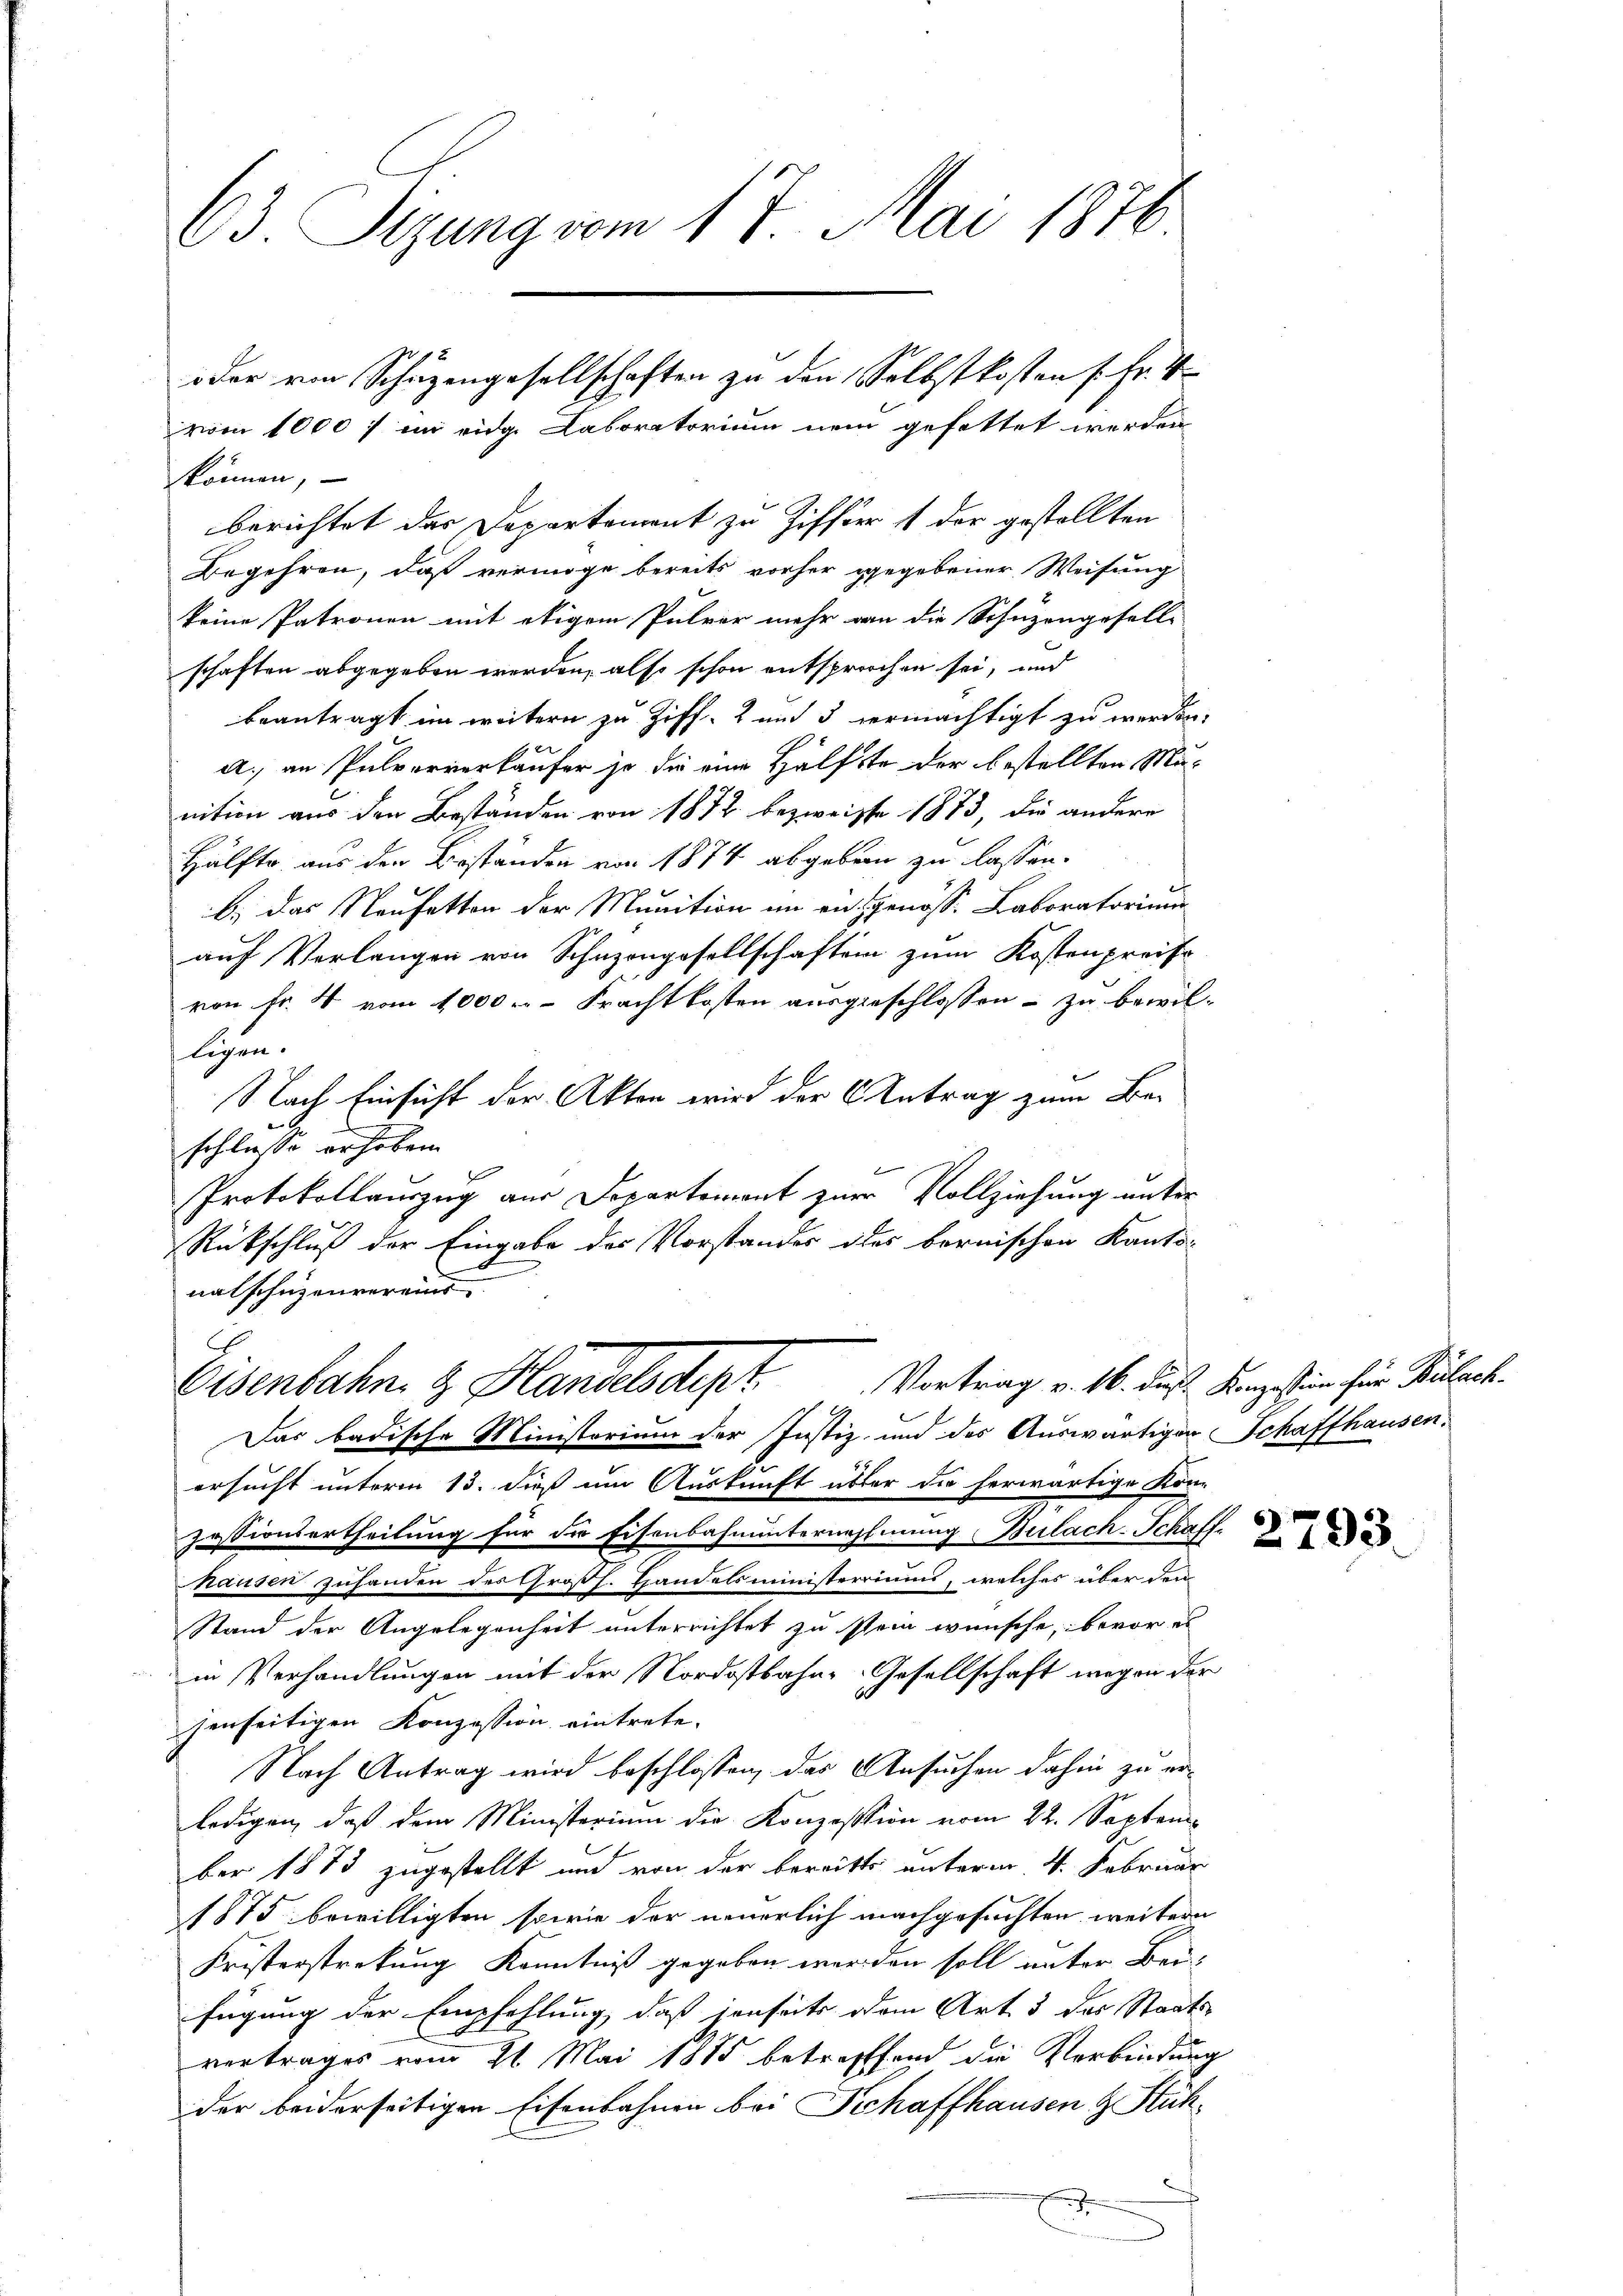
63. Sizung vom 17. Mai 1876

können,
berichtet der Departement zu Ziffer 1 der gestellten
Begehren, daß vermöge bereits vorher gegebener Weisung
keine Patronen mit etiam Pulver mehr an die Schuzengesell-
schaften abgegeben werden, also schon entsprochen sei, und
beantragt im weitern zu Ziff. 2 und 5 vermächtigt zu werden.
a., an Pulververkaufer so die eine Hälfte der bestellten Munition aus den Beständen von 1872 bezweiffe 1873, die andere
Hälfte aus der Beständen von 1874 abgeben zu lassen.
b.) Das Neufetton der Munition in en genöss. Laboratorium
auf Verlangen von Schuzengesellschaften zum Kostenpreise
von Fr. 4 vom 1000. Frachtkosten ausgeschlossen – zu bewilligen.
Nach Einsicht der Akten wird der Antrag zum Be¬
.
schliesse erhoben.
Protokollauszug aus Departement zur Vollziehung unter
Rückschluß der Eingabe des Vorstandes des bernischen Kanto-
.
nalschuzenvereins

oder von Schüzengesellschaften zu den Selbstkosten s. fr. V
vom 1000 t im eidge Laboratorium nein gefattet werden

Eisenbahn & Handelsdept Vortrag v. 16. des King stien für Puleck.

Das badische Ministorium der Justiz und des Auswärtigen Schaffhausen,
ersucht unterm 13. dieß um Auskunft übter die herwärtige Kon-
zessionsertheilung für die Eisenbahnunternehmung Bülach. Schaff
hausen zuhanden des Großh. Handelsministerrium, welches über den
Stand der Angelegenheit unterrichtet zu stein wünsche, bevor es
in Verhandlungen mit der Nordostbahn-Gesellschaft wegen der
jenseitigen Konzession eintrete.
Nach Antrag wird beschlossen, das Ansuchen dahin zu erledigen, daß dem Ministerium die Konzession vom 22. September 1873 zugestellt und von der bereitts unterm 4. Februar
1875 bewilligten sowie der neuerlich nachgesuchten weitern
Fristerstreckung Kenntniß gegeben werden soll unter Beifügung der Empfehlung, daß jenseits dem Art 3 des Staats-
vertrages vom 21. Mai 1885 betreffend die Verbindung
der beiderseitigen Eisenbahnen bei Schaffhausen & Stüh¬
.